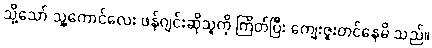
သို့သော် သူ့ကောင်လေး ဖန်ဂျင်းဆိုသူကို ကြိတ်ပြီး ကျေးဇူးတင်နေမိ သည်။